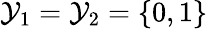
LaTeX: \mathcal{Y}_{1}=\mathcal{Y}_{2}=\{ 0,1\}